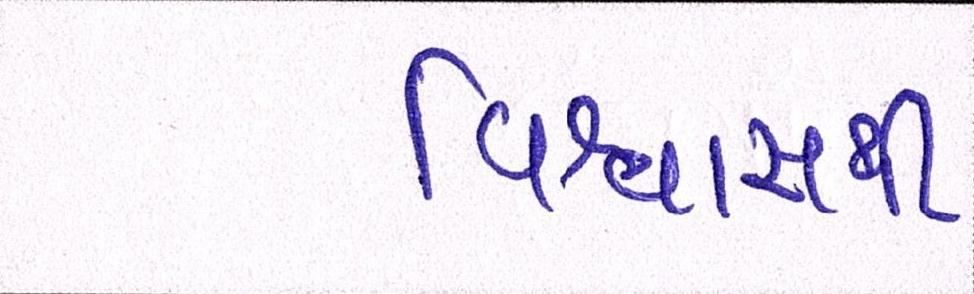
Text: વિશ્વાસથી